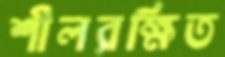
শীলরক্ষিত